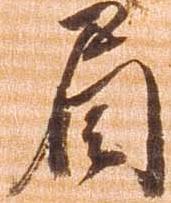
眉